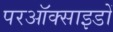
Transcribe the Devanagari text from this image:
परऑक्साइडों